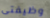
وظيفتى